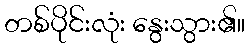
တစ်ပိုင်းလုံး နွေးသွား၏။